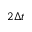
2 \Delta t